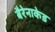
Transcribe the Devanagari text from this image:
बैरेनाकेड